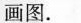
画图。